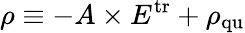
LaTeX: \rho\equiv-A\times E^{\mathrm{tr}}+\rho_{\mathrm{qu}}